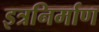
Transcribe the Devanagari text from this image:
इत्रनिर्माण